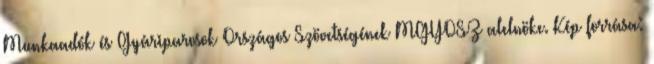
Munkaadók és Gyáriparosok Országos Szövetségének MGYOSZ alelnöke. Kép forrása: